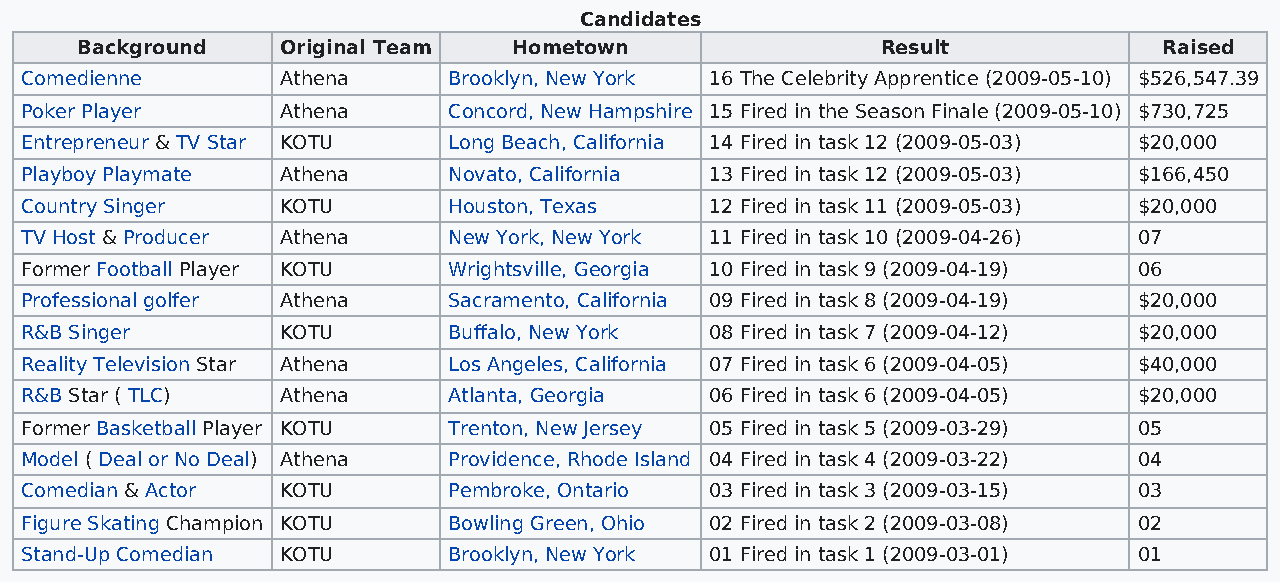
Candidates
 Background    Original Team  Hometown                Result             Raised
 Comedienne        Athena     Brooklyn, New York 16 The Celebrity Apprentice (2009-05-10) $526,547.39
 Poker Player      Athena     Concord, New Hampshire 15 Fired in the Season Finale (2009-05-10) $730,725
 Entrepreneur & TV Star KOTU  Long Beach, California 14 Fired in task 12 (2009-05-03) $20,000
 Playboy Playmate  Athena     Novato, California 13 Fired in task 12 (2009-05-03) $166,450
 Country Singer    KOTU       Houston, Texas   12 Fired in task 11 (2009-05-03) $20,000
 TV Host & Producer Athena    New York, New York 11 Fired in task 10 (2009-04-26) 07
 Former Football Player KOTU  Wrightsville, Georgia 10 Fired in task 9 (2009-04-19) 06
 Professional golfer Athena   Sacramento, California 09 Fired in task 8 (2009-04-19) $20,000
 R&B Singer        KOTU       Buffalo, New York 08 Fired in task 7 (2009-04-12) $20,000
 Reality Television Star Athena Los Angeles, California 07 Fired in task 6 (2009-04-05) $40,000
 R&B Star ( TLC)   Athena     Atlanta, Georgia 06 Fired in task 6 (2009-04-05) $20,000
 Former Basketball Player KOTU Trenton, New Jersey 05 Fired in task 5 (2009-03-29) 05
 Model ( Deal or No Deal) Athena Providence, Rhode Island 04 Fired in task 4 (2009-03-22) 04
 Comedian & Actor  KOTU       Pembroke, Ontario 03 Fired in task 3 (2009-03-15) 03
 Figure Skating Champion KOTU Bowling Green, Ohio 02 Fired in task 2 (2009-03-08) 02
 Stand-Up Comedian KOTU       Brooklyn, New York 01 Fired in task 1 (2009-03-01) 01